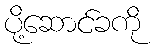
ပို့ဆောင်ခကို